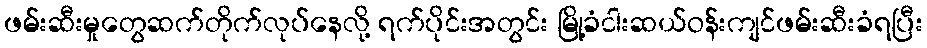
ဖမ်းဆီးမှုတွေဆက်တိုက်လုပ်နေလို့ ရက်ပိုင်းအတွင်း မြို့ခံငါးဆယ်ဝန်းကျင်ဖမ်းဆီးခံရပြီး